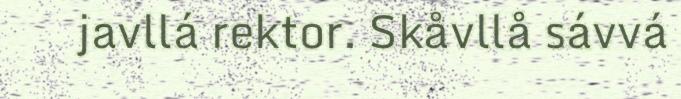
javllá rektor. Skåvllå sávvá